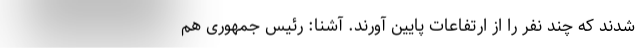
شدند که چند نفر را از ارتفاعات پایین آورند. آشنا: رئیس جمهوری هم